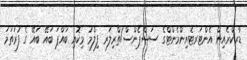
ޑާރކްރެއިން އެންޓަރޓެއިންމެންޓްގެ ސަސްޕެންސް/ތްރިލަރ ފިލްމު މިކޮއި ބައްޕަ ބައޭ ބައޭ ގެ ފުރަތަމަ